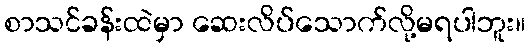
စာသင်ခန်းထဲမှာ ဆေးလိပ်သောက်လို့မရပါဘူး။